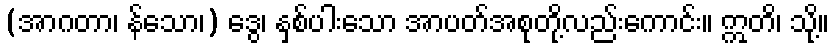
(အာဂတာ၊ န်သော၊) ဒွေ၊ နှစ်ပါးသော အာပတ်အစုတို့လည်းကောင်း။ ဣတိ၊ သို့။